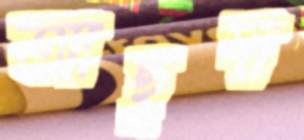
আছুদা